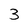
Character: 3